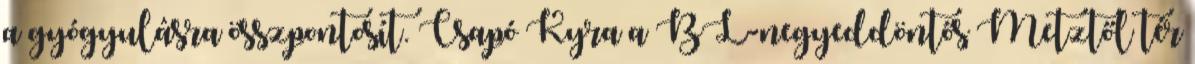
a gyógyulásra összpontosít. Csapó Kyra a BL-negyeddöntős Metztől tér